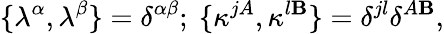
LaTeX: \{ \lambda^{\alpha},\lambda^{\beta}\} =\delta^{\alpha\beta};\ \{ \kappa^{jA},\kappa^{l\mathbf{B}}\} =\delta^{jl}\delta^{A\mathbf{B}},